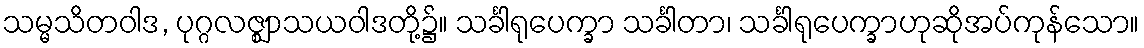
သမ္မသိတဝါဒ, ပုဂ္ဂလဇ္ဈာသယဝါဒတို့၌။ သင်္ခါရုပေက္ခာ သင်္ခါတာ၊ သင်္ခါရုပေက္ခာဟုဆိုအပ်ကုန်သော။